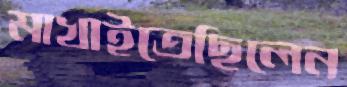
মাখাইতেছিলেন